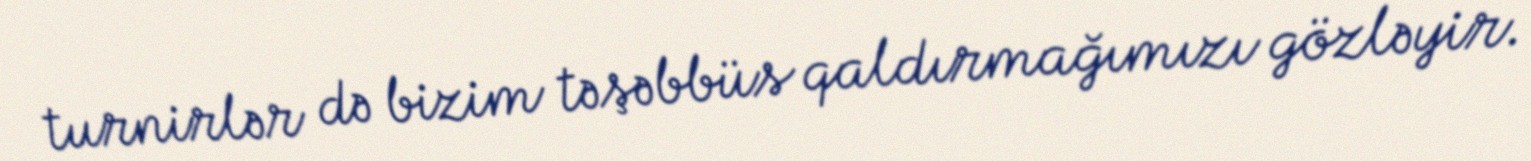
turnirlər də bizim təşəbbüs qaldırmağımızı gözləyir.